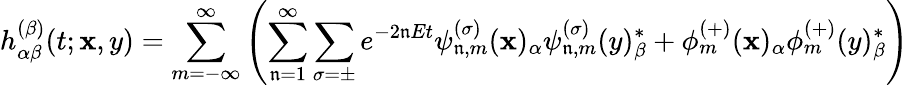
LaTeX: h_{\alpha\beta}^{(\beta)}(t;\mathbf{x},y)=\sum_{m=-\infty}^{\infty}\left(\sum_{\mathfrak{n}=1}^{\infty}\sum_{\sigma=\pm}e^{-2\mathfrak{n}Et}{\psi_{\mathfrak{n},m}^{(\sigma)}(\mathbf{x})_{\alpha}{\psi}_{\mathfrak{n},m}^{(\sigma)}(y)_{\beta}^{*}}+\phi_{m}^{(+)}(\mathbf{x})_{\alpha}\phi_{m}^{(+)}(y)_{\beta}^{*}\right)